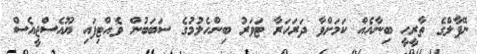
ނޭޕާލްގެ ތާރީހީ ބިނާއެއް ކަމަށްވާ ދަރަހަރާ ޓަވަރު ބިންހެލުމުގެ ސަބަބުން ވެއްޓިފައި ޔޫއެސްޖީއެސް